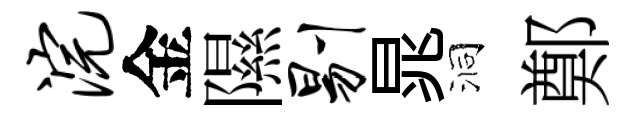
浣金隰剔晁洞鄭